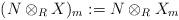
LaTeX: \begin{align*}(N \otimes_R X)_m := N \otimes_R X_m\end{align*}